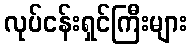
လုပ်ငန်းရှင်ကြီးများ